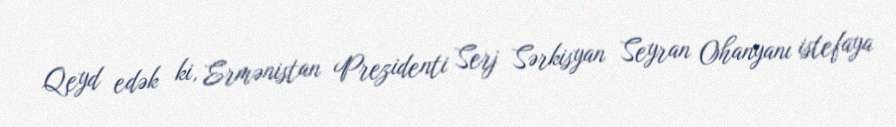
Qeyd edək ki, Ermənistan Prezidenti Serj Sərkisyan Seyran Ohanyanı istefaya